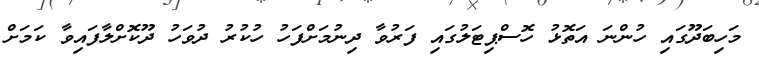
މަހިބަދޫގައި ހުންނަ އަތޮޅު ހޮސްޕިޓަލުގައި ފަރުވާ ދިނުމަށްފަހު ހުކުރު ދުވަހު ދޫކޮށްލާފައިވާ ކަމަށް